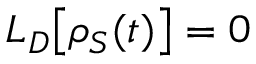
L _ { D } { \big [ } \rho _ { S } ( t ) { \big ] } = 0